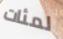
لمئات